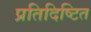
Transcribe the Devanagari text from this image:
प्रतिदिष्टित